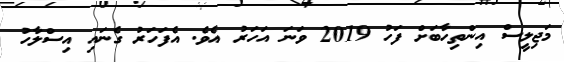
މަޖިލީސް އިންތިހާބަށް ފަހު 2019 ވަނަ އަހަރު އެވެ. އެފަހަރު ގެނައި އިސްލާހު